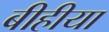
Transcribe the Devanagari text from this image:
बीहीया